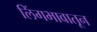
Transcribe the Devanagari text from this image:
लिंगभावातून